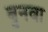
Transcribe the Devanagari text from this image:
बुनवा